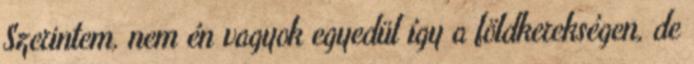
Szerintem, nem én vagyok egyedül így a földkerekségen, de